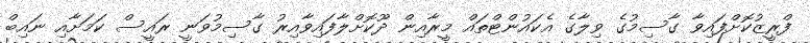
ފްރީޒުކޮށްފައިވާ ގާސިމުގެ ވިލާގެ އެކައުންޓްތައް މީރާއިން ދޫކޮށްލާފައިވާއިރު ގާސިމުވަނީ ރައީސް ކަމަށާއި ނައިބް